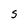
Character: S